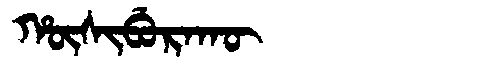
Manchu: ᡥᡡᠰᡳᠪᡠᡵᠠᡴᡡ
Romanization: HŪSIBURAKŪ